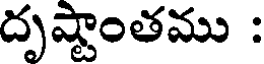
దృష్టాంతము :